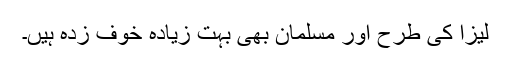
لیزا کی طرح اور مسلمان بھی بہت زیادہ خوف زدہ ہیں۔